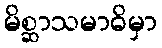
မိစ္ဆာသမာဓိမှာ